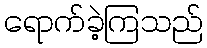
ရောက်ခဲ့ကြသည်